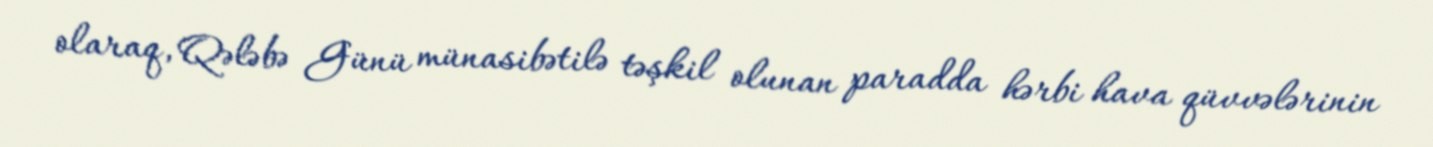
olaraq, Qələbə Günü münasibətilə təşkil olunan paradda hərbi hava qüvvələrinin